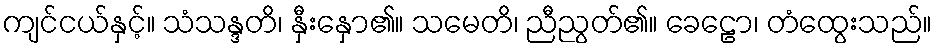
ကျင်ငယ်နှင့်။ သံသန္ဒတိ၊ နှီးနှော၏။ သမေတိ၊ ညီညွတ်၏။ ခေဠော၊ တံထွေးသည်။